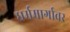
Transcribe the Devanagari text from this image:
धर्ममार्गावर